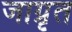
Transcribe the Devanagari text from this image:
जाग्रृत